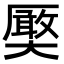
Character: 𭑤